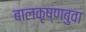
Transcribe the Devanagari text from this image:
बालकृष्णबुवा